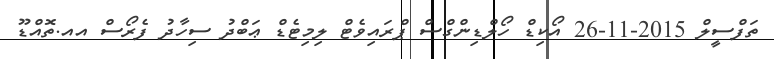
ތަފްސީލް 2015-11-26 އޯކިޑް ހޯލްޑިންގްސް ޕްރައިވެޓް ލިމިޓެޑް ޢަބްދު ސިހާދު ފެރޯސް އއ.ތޮއްޑޫ